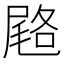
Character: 𭕨